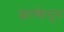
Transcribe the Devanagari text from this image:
द्वारकेतुन